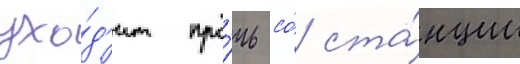
ухо́д'ит про́чь со́ ста́нции